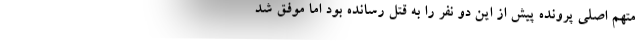
متهم اصلی پرونده پیش از این دو نفر را به قتل رسانده بود اما موفق شد